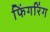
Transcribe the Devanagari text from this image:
फिंगरिंग